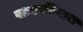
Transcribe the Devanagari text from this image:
पटकाविणारा